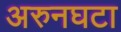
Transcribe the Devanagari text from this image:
अरुनघटा